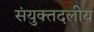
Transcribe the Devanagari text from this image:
संयुक्तदलीय